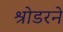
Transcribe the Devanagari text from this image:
श्रोडरने